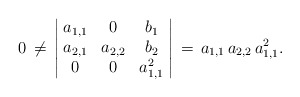
\begin{align*}0\,\neq\,\left\vert\!\begin{array}{ccc}a_{1,1} & 0 & b_1\\a_{2,1} & a_{2,2} & b_2\\0 & 0 & a_{1,1}^2\end{array}\!\right\vert\,=\,a_{1,1}\,a_{2,2}\,a_{1,1}^2.\end{align*}